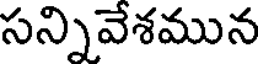
సన్నివేశమున